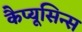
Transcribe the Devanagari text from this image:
कैप्यूसिन्स